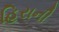
હિરાની